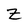
Character: Z